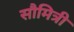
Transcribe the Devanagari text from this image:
सौमित्री